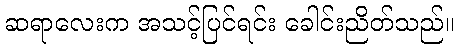
ဆရာလေးက အသင့်ပြင်ရင်း ခေါင်းညိတ်သည်။